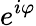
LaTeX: e^{i\varphi}